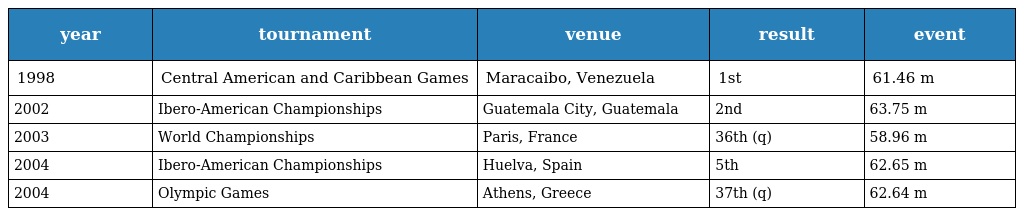
| year | tournament | venue | result | event |
 | --- | --- | --- | --- | --- |
 | 1998 | Central American and Caribbean Games | Maracaibo, Venezuela | 1st | 61.46 m |
 | 2002 | Ibero-American Championships | Guatemala City, Guatemala | 2nd | 63.75 m |
 | 2003 | World Championships | Paris, France | 36th (q) | 58.96 m |
 | 2004 | Ibero-American Championships | Huelva, Spain | 5th | 62.65 m |
 | 2004 | Olympic Games | Athens, Greece | 37th (q) | 62.64 m |